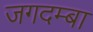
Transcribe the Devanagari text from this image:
जगदम्‍बा